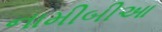
નામીબીઆ